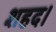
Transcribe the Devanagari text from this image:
शहद।